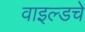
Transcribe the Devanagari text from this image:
वाइल्डचे